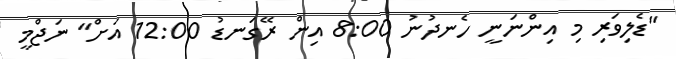
"ޑެލިވަރި މި އިންނަނީ ހެނދުނު 8:00 އިން ރޭގަނޑު 12:00 އަށް" ނަޖްމީ